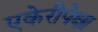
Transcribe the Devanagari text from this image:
एकेरीपेक्षा